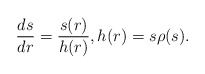
\begin{align*}\frac{ds}{dr} = \frac{s(r)}{h(r)}, h(r) = s\rho(s).\end{align*}